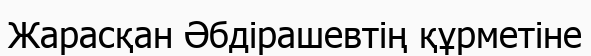
Жарасқан Әбдірашевтің құрметіне